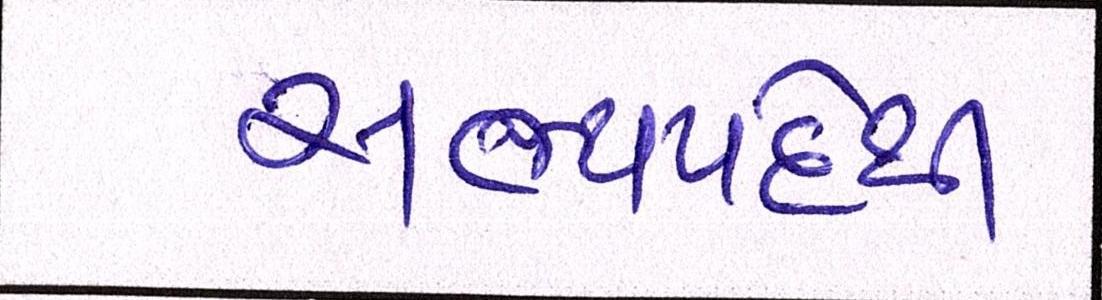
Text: સભ્યપદેથી